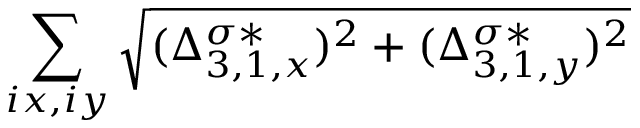
\sum _ { i x , i y } \sqrt { ( \Delta _ { 3 , 1 , x } ^ { \sigma * } ) ^ { 2 } + ( \Delta _ { 3 , 1 , y } ^ { \sigma * } ) ^ { 2 } }